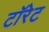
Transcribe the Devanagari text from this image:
टॉरेट